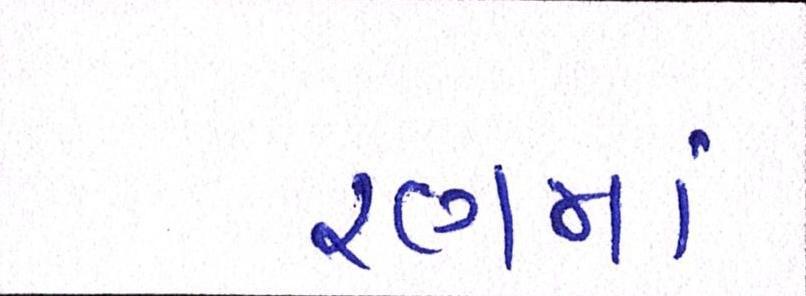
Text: રણમાં